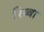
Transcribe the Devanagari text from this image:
रिब्बा